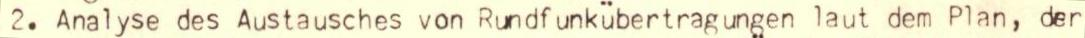
2. Analyse des Austausches von Rundfunkübertragungen laut dem Plan, der